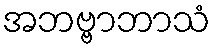
အဘဗ္ဗာဘာသံ